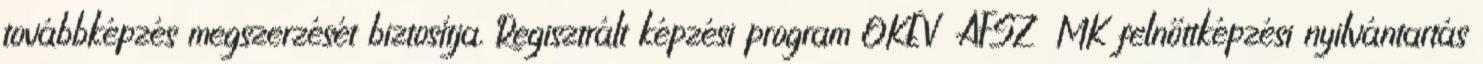
továbbképzés megszerzését biztosítja. Regisztrált képzési program OKÉV AFSZ MK felnőttképzési nyilvántartás